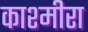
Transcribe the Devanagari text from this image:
काश्मीरा